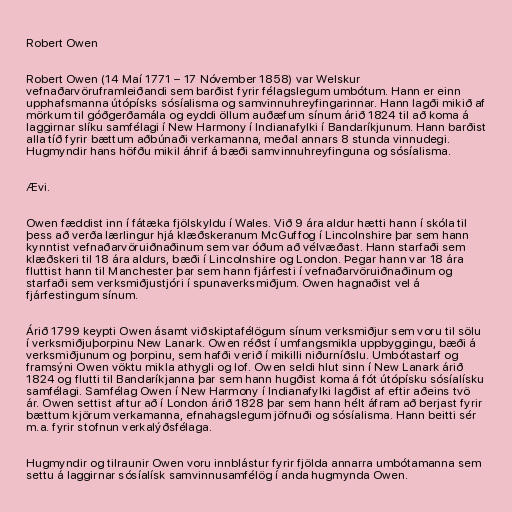
Robert Owen

Robert Owen (14 Maí 1771 – 17 Nóvember 1858) var Welskur
vefnaðarvöruframleiðandi sem barðist fyrir félagslegum umbótum. Hann er einn
upphafsmanna útópísks sósíalisma og samvinnuhreyfingarinnar. Hann lagði mikið af
mörkum til góðgerðamála og eyddi öllum auðæfum sínum árið 1824 til að koma á
laggirnar slíku samfélagi í New Harmony í Indianafylki í Bandaríkjunum. Hann barðist
alla tíð fyrir bættum aðbúnaði verkamanna, meðal annars 8 stunda vinnudegi.
Hugmyndir hans höfðu mikil áhrif á bæði samvinnuhreyfinguna og sósíalisma.

Ævi.

Owen fæddist inn í fátæka fjölskyldu í Wales. Við 9 ára aldur hætti hann í skóla til
þess að verða lærlingur hjá klæðskeranum McGuffog í Lincolnshire þar sem hann
kynntist vefnaðarvöruiðnaðinum sem var óðum að vélvæðast. Hann starfaði sem
klæðskeri til 18 ára aldurs, bæði í Lincolnshire og London. Þegar hann var 18 ára
fluttist hann til Manchester þar sem hann fjárfesti í vefnaðarvöruiðnaðinum og
starfaði sem verksmiðjustjóri í spunaverksmiðjum. Owen hagnaðist vel á
fjárfestingum sínum.

Árið 1799 keypti Owen ásamt viðskiptafélögum sínum verksmiðjur sem voru til sölu
í verksmiðjuþorpinu New Lanark. Owen réðst í umfangsmikla uppbyggingu, bæði á
verksmiðjunum og þorpinu, sem hafði verið í mikilli niðurníðslu. Umbótastarf og
framsýni Owen vöktu mikla athygli og lof. Owen seldi hlut sinn í New Lanark árið
1824 og flutti til Bandaríkjanna þar sem hann hugðist koma á fót útópísku sósíalísku
samfélagi. Samfélag Owen í New Harmony í Indianafylki lagðist af eftir aðeins tvö
ár. Owen settist aftur að í London árið 1828 þar sem hann hélt áfram að berjast fyrir
bættum kjörum verkamanna, efnahagslegum jöfnuði og sósíalisma. Hann beitti sér
m.a. fyrir stofnun verkalýðsfélaga.

Hugmyndir og tilraunir Owen voru innblástur fyrir fjölda annarra umbótamanna sem
settu á laggirnar sósíalísk samvinnusamfélög í anda hugmynda Owen.